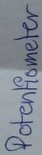
Text: Potentiometer